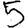
Digit: 5